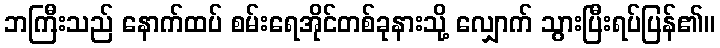
ဘကြီးသည် နောက်ထပ် စမ်းရေအိုင်တစ်ခုနားသို့ လျှောက် သွားပြီးရပ်ပြန်၏။